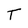
Character: T